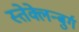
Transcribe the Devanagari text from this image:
स्तेक्लेन्बुर्ग